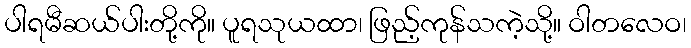
ပါရမီဆယ်ပါးတို့ကို။ ပူရသုယထာ၊ ဖြည့်ကုန်သကဲ့သို့။ ဝါတလေဝ၊